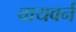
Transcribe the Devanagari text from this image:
वायवर्न